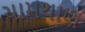
ચામથાણ